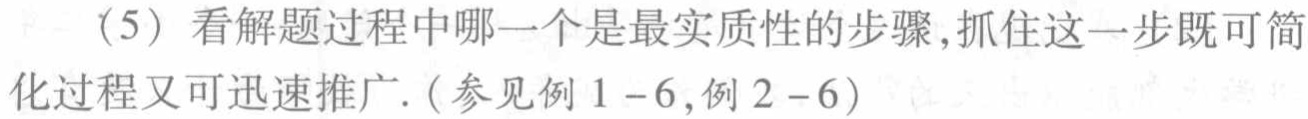
（5）看解题过程中哪一个是最实质性的步骤,抓住这一步既可简化过程又可迅速推广.（参见例 \(1 - 6\),例 \(2 - 6\)）